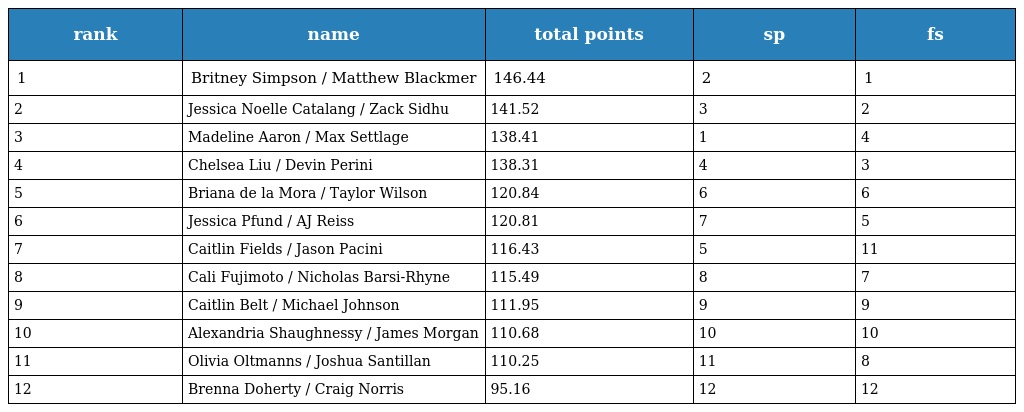
| rank | name | total points | sp | fs |
 | --- | --- | --- | --- | --- |
 | 1 | Britney Simpson / Matthew Blackmer | 146.44 | 2 | 1 |
 | 2 | Jessica Noelle Catalang / Zack Sidhu | 141.52 | 3 | 2 |
 | 3 | Madeline Aaron / Max Settlage | 138.41 | 1 | 4 |
 | 4 | Chelsea Liu / Devin Perini | 138.31 | 4 | 3 |
 | 5 | Briana de la Mora / Taylor Wilson | 120.84 | 6 | 6 |
 | 6 | Jessica Pfund / AJ Reiss | 120.81 | 7 | 5 |
 | 7 | Caitlin Fields / Jason Pacini | 116.43 | 5 | 11 |
 | 8 | Cali Fujimoto / Nicholas Barsi-Rhyne | 115.49 | 8 | 7 |
 | 9 | Caitlin Belt / Michael Johnson | 111.95 | 9 | 9 |
 | 10 | Alexandria Shaughnessy / James Morgan | 110.68 | 10 | 10 |
 | 11 | Olivia Oltmanns / Joshua Santillan | 110.25 | 11 | 8 |
 | 12 | Brenna Doherty / Craig Norris | 95.16 | 12 | 12 |